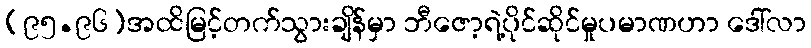
(၉၅.၉၆)အထိမြင့်တက်သွားချိန်မှာ ဘီဇော့ရဲ့ပိုင်ဆိုင်မှုပမာဏဟာ ဒေါ်လာ